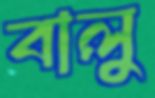
বালু